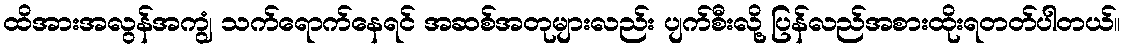
ထိအားအလွန်အကျွံ သက်ရောက်နေရင် အဆစ်အတုများလည်း ပျက်စီးလို့ ပြန်လည်အစားထိုးရတတ်ပါတယ်။